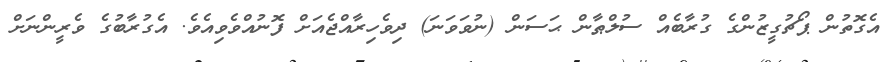
އެގޮތުން ޕޯޗުގީޒުންގެ ގުރާބެއް ސުލްޠާން ޙަސަން (ނުވަވަނަ) ދިވެހިރާއްޖެއަށް ފޮނުއްވެވިއެވެ. އެގުރާބުގެ ވެރީންނަށް